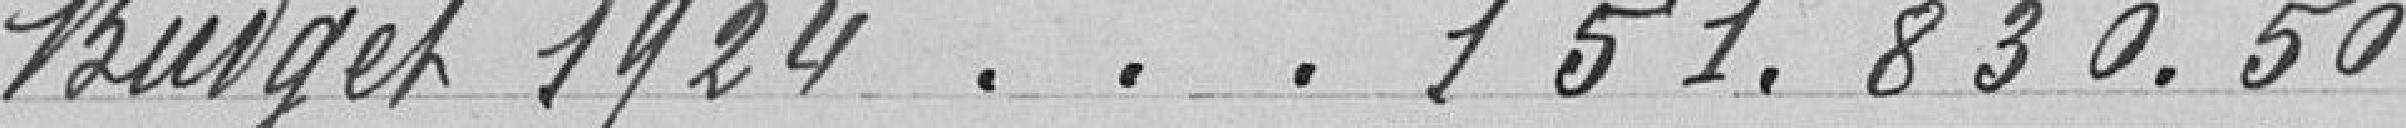
Budget 1924 . . . 151.830.50